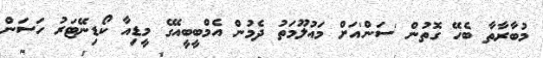
މުބާރާތާ ބެހޭ ގޮތުން 'ސަން'އަށް މައުލޫމަތު ދެމުން އެމްބީބީއޭގެ މީޑިއާ ކޯޑިނޭޓަރު ހަސަން